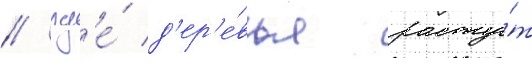
/ гд'е́ д'ер'е́вья расту́т